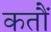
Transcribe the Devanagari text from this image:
कतौं